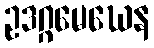
ဥဒဂ္ဂမေဃေန